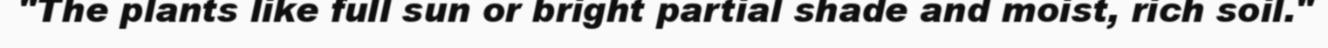
"The plants like full sun or bright partial shade and moist, rich soil."